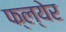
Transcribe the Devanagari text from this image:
फ्ल्येर